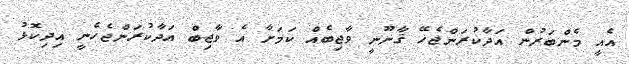
އެއީ މެންބަރުން އަދާކުރަންޖެހޭ ޤާނޫނީ ވާޖިބެއް ކަމަށާ އެ ވާޖިބް އަދާކުރަންޖެހެނީ އިދިކޮޅު